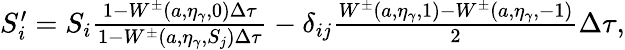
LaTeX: \begin{array}{r}{S_{i}^{\prime}=S_{i}\frac{1-W^{\pm}(a,\eta_{\gamma},0)\Delta\tau}{1-W^{\pm}(a,\eta_{\gamma},S_{j})\Delta\tau}-\delta_{ij}\frac{W^{\pm}(a,\eta_{\gamma},1)-W^{\pm}(a,\eta_{\gamma},-1)}{2}\Delta\tau,}\end{array}